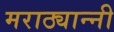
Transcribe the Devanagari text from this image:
मराठ्यान्नी